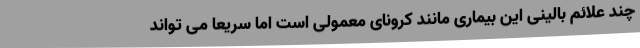
چند علائم بالینی این بیماری مانند کرونای معمولی است اما سریعا می تواند